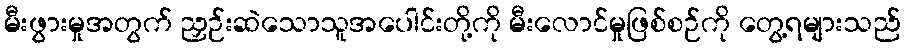
မီးဖွားမှုအတွက် ညှဉ်းဆဲသောသူအပေါင်းတို့ကို မီးလောင်မှုဖြစ်စဉ်ကို တွေ့ရများသည်